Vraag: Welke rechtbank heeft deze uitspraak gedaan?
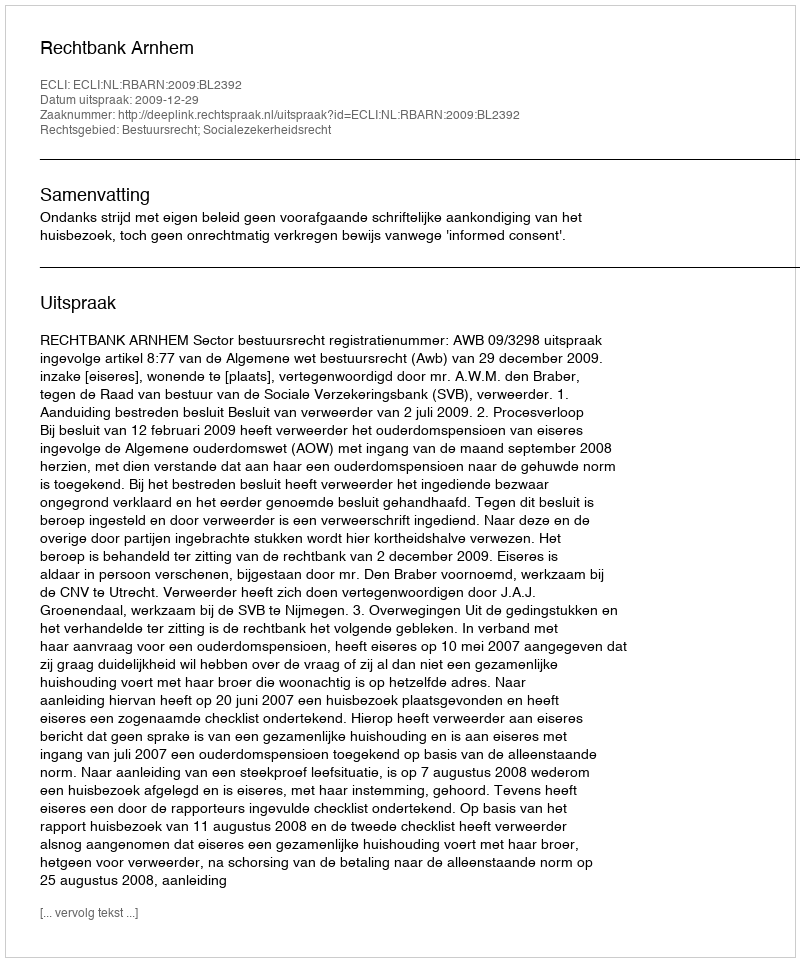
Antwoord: Rechtbank Arnhem